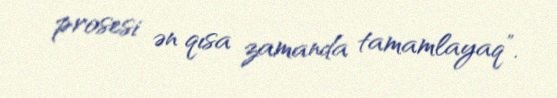
prosesi ən qısa zamanda tamamlayaq”.